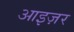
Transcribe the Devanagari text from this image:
आइज़र